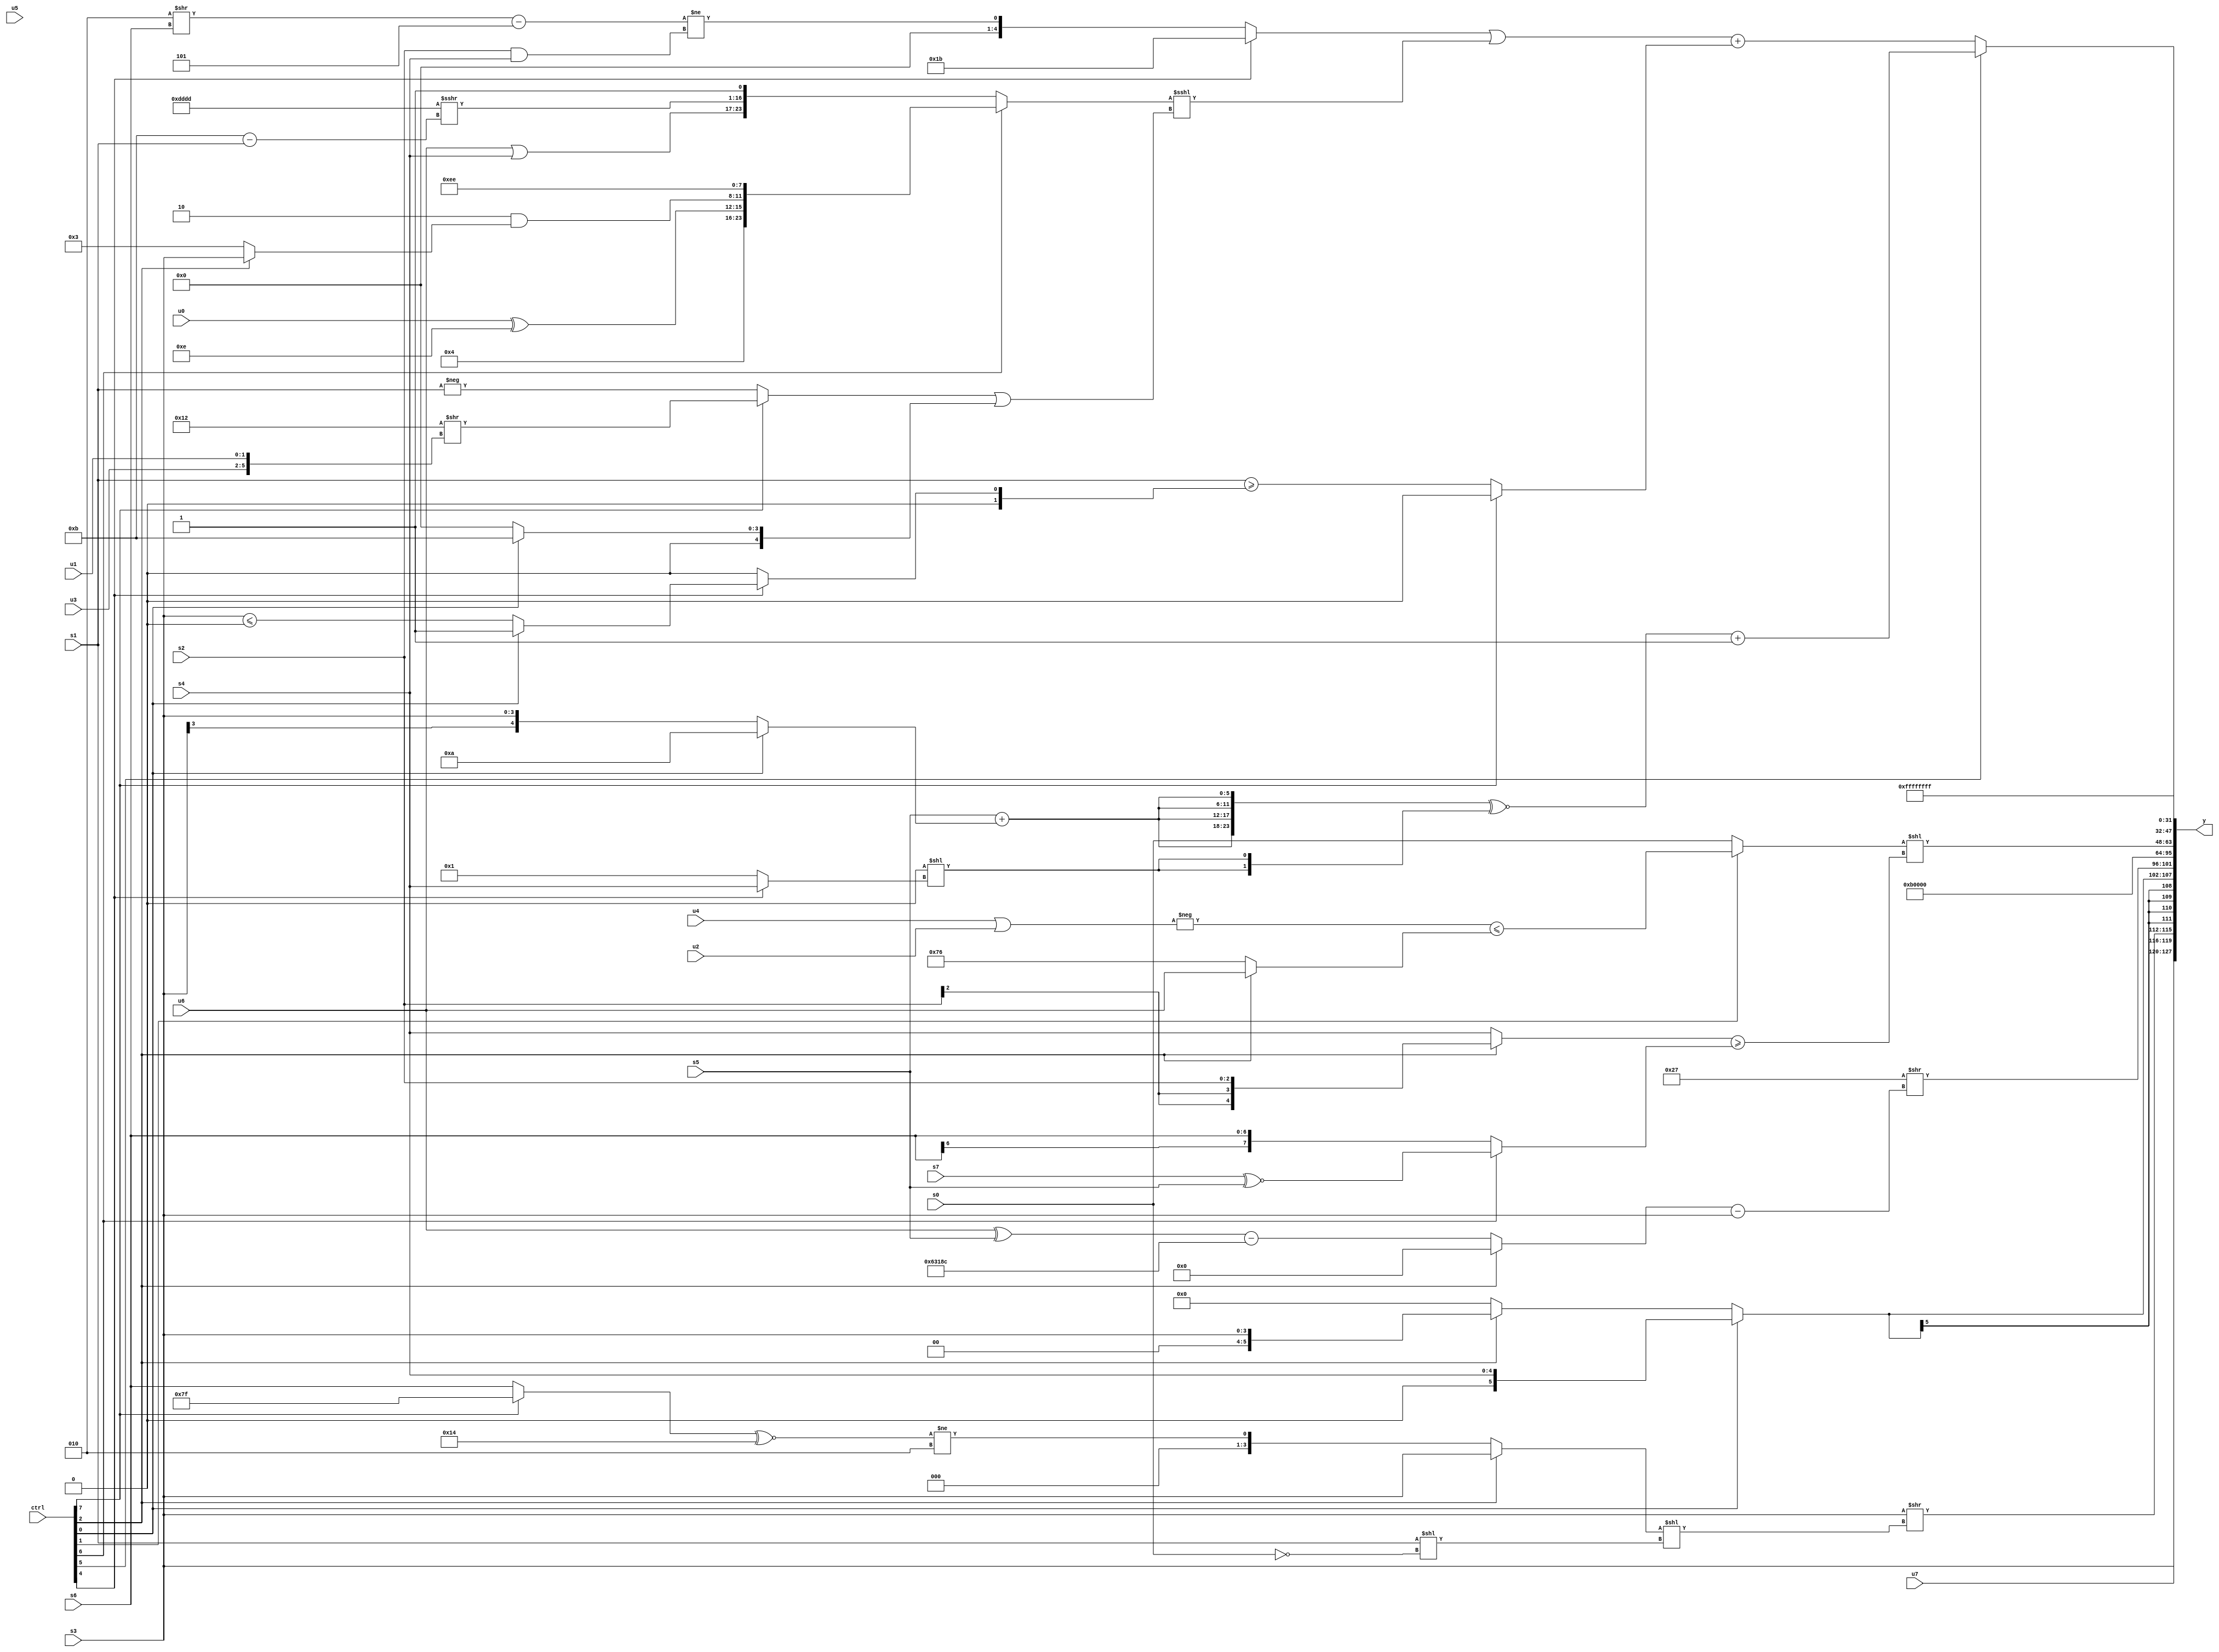
module wideexpr_00574(ctrl, u0, u1, u2, u3, u4, u5, u6, u7, s0, s1, s2, s3, s4, s5, s6, s7, y);
  input [7:0] ctrl;
  input [0:0] u0;
  input [1:0] u1;
  input [2:0] u2;
  input [3:0] u3;
  input [4:0] u4;
  input [5:0] u5;
  input [6:0] u6;
  input [7:0] u7;
  input signed [0:0] s0;
  input signed [1:0] s1;
  input signed [2:0] s2;
  input signed [3:0] s3;
  input signed [4:0] s4;
  input signed [5:0] s5;
  input signed [6:0] s6;
  input signed [7:0] s7;
  output [127:0] y;
  wire [15:0] y0;
  wire [15:0] y1;
  wire [15:0] y2;
  wire [15:0] y3;
  wire [15:0] y4;
  wire [15:0] y5;
  wire [15:0] y6;
  wire [15:0] y7;
  assign y = {y0,y1,y2,y3,y4,y5,y6,y7};
  assign y0 = {3{{u7,s3,(s3)>>(((ctrl[2]?$signed($signed(+(s3))):(((ctrl[7]?2'sb11:s6))^~(5'sb10100))!=(3'sb010)))<<((s1)<<(((ctrl[1]?(1'sb0)>(4'sb0110):(2'b00)<<<(2'sb01)))!=(~^($unsigned(s0))))))}}};
  assign y1 = $signed($signed({(ctrl[0]?s4:(ctrl[2]?s3:-(({3{-(2'b00)}})&($signed(u0))))),(6'sb100111)>>((+((ctrl[2]?((u2)^(s6))>>(5'sb11010):((u6)^(s5))-({4{5'sb01100}}))))-(s3))}));
  assign y2 = 6'b001011;
  assign y3 = {&(({(s5)&(s7),(ctrl[0]?$signed($signed((ctrl[2]?5'sb00110:4'sb1010))):$signed((ctrl[4]?(4'sb0110)<<(2'sb00):(s1)|(5'sb11111)))),~&(+((ctrl[6]?(4'sb1110)>>>(5'sb10011):1'sb1)))})>>(((+(((u4)-(s0))+(u3)))<<(2'sb10))<<<(4'sb1011)))};
  assign y4 = ((ctrl[1]?(-((u4)|(u2)))<=((ctrl[2]?+(u6):-(4'b1010))):s0))<<($signed(($signed((ctrl[2]?s2:s4)))>=((ctrl[6]?(s7)^~(s5):s6))));
  assign y5 = {s7,s3,(4'sb1001)<<<((s5)&(s5)),(ctrl[5]?(({4{(s5)+($signed((ctrl[0]?+(5'sb01010):s3)))}})^~({2{$signed(-(((1'sb1)<<<(5'sb01100))<<((ctrl[4]?s4:2'sb01))))}}))+(1'sb1):(((ctrl[4]?5'sb11011:(((3'sb010)>>(s6))-(5'sb11101))!=((s2)&(s4))))|(((ctrl[6]?{(1'sb1)<<<((3'sb101)>>(5'sb11101)),$signed((u0)^(6'sb001110)),($signed(2'sb10))&((ctrl[2]?s3:4'sb0011)),$signed({2{4'sb1110}})}:{(u6)|(s4),({4{4'sb1101}})>>>((4'sb1011)-(s1)),1'sb1}))<<<(((ctrl[7]?(5'sb10010)>>({u3,u1}):-(s1)))|(+((ctrl[0]?(ctrl[0]?5'sb01011:6'sb100110):(s7)<<<(6'sb001100)))))))+((ctrl[7]?1'b0:(s1)>=($signed((ctrl[4]?(ctrl[0]?$signed(3'sb001):(s3)<=(1'sb0)):2'b00))))))};
  assign y6 = 3'sb111;
  assign y7 = $signed(3'b111);
endmodule